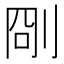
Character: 𠜛